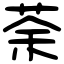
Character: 荼